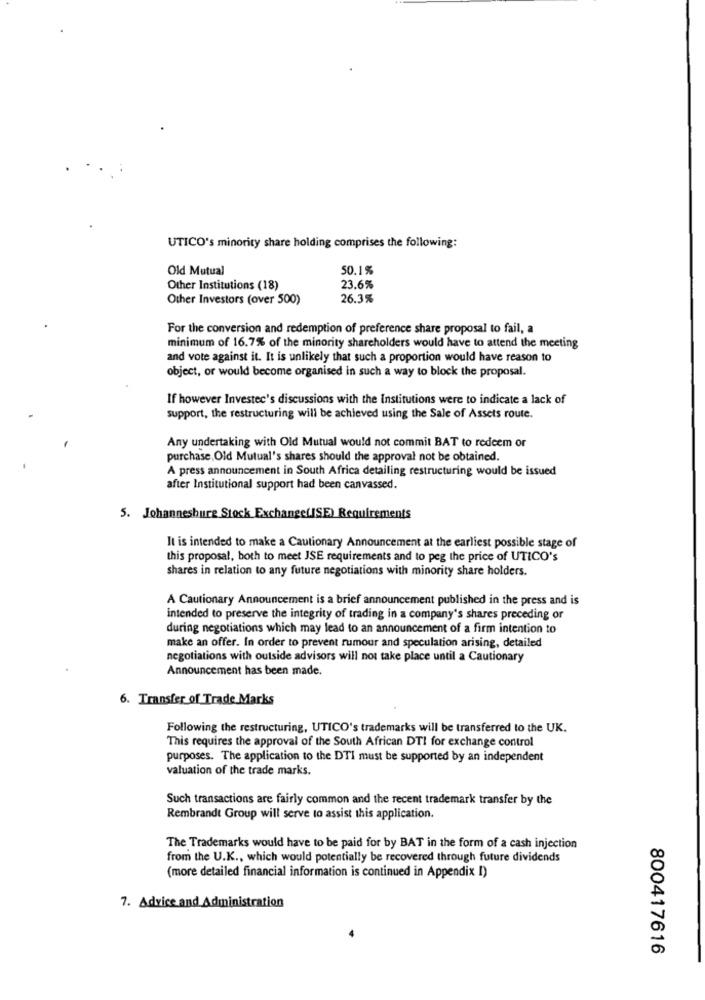
UTICO's minority share holding comprises the following:
Old Mutual
50.1%
Other Institutions (18)
23.6%
Other Investors (over 500)
26.3%
For the conversion and redemption of preference share proposal to fail, a
minimum of 16.7% of the minority shareholders would have to attend the meeting
and vote against it. It is unlikely that such a proportion would have reason to
object, or would become organised in such a way to block the proposal.
If however Investec's discussions with the Institutions were to indicate a lack of
support, the restructuring will be achieved using the Sale of Assets route.
Any undertaking with Old Mutual would not commit BAT to redeem or
purchase, Old Mutual's shares should the approval not be obtained.
A press announcement in South Africa detailing restructuring would be issued
after Institutional support had been canvassed.
5. Johannesburg Stock Exchange(ISE) Requirements
It is intended to make a Cautionary Announcement at the earliest possible stage of
this proposal, both to meet JSE requirements and to peg the price of UTICO's
shares in relation to any future negotiations with minority share holders.
A Cautionary Announcement is a brief announcement published in the press and is
intended to preserve the integrity of trading in a company's shares preceding or
during negotiations which may lead to an announcement of a firm intention to
make an offer. In order to prevent rumour and speculation arising, detailed
negotiations with outside advisors will not take place until a Cautionary
Announcement has been made.
6. Transfer of Trade Marks
Following the restructuring, UTICO's trademarks will be transferred to the UK.
This requires the approval of the South African DTI for exchange control
purposes. The application to the DTI must be supported by an independent
valuation of the trade marks.
Such transactions are fairly common and the recent trademark transfer by the
Rembrandt Group will serve to assist this application.
The Trademarks would have to be paid for by BAT in the form of a cash injection
from the U.K ., which would potentially be recovered through future dividends
(more detailed financial information is continued in Appendix I)
7. Advice and Administration
800417616